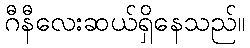
ဂီနီလေးဆယ်ရှိနေသည်။